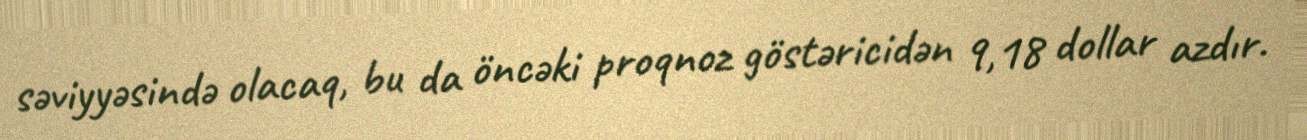
səviyyəsində olacaq, bu da öncəki proqnoz göstəricidən 9,18 dollar azdır.